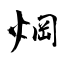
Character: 焵